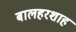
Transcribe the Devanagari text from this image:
बालहरशाह